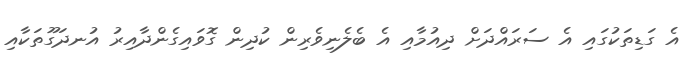
އެ ގަޑިތަކުގައި އެ ސަރައްދަށް ދިއުމާއި އެ ބެލެނިވެރިން ކުދިން ގޮވައިގެންދާއިރު އުނދަގޫތަކާއި